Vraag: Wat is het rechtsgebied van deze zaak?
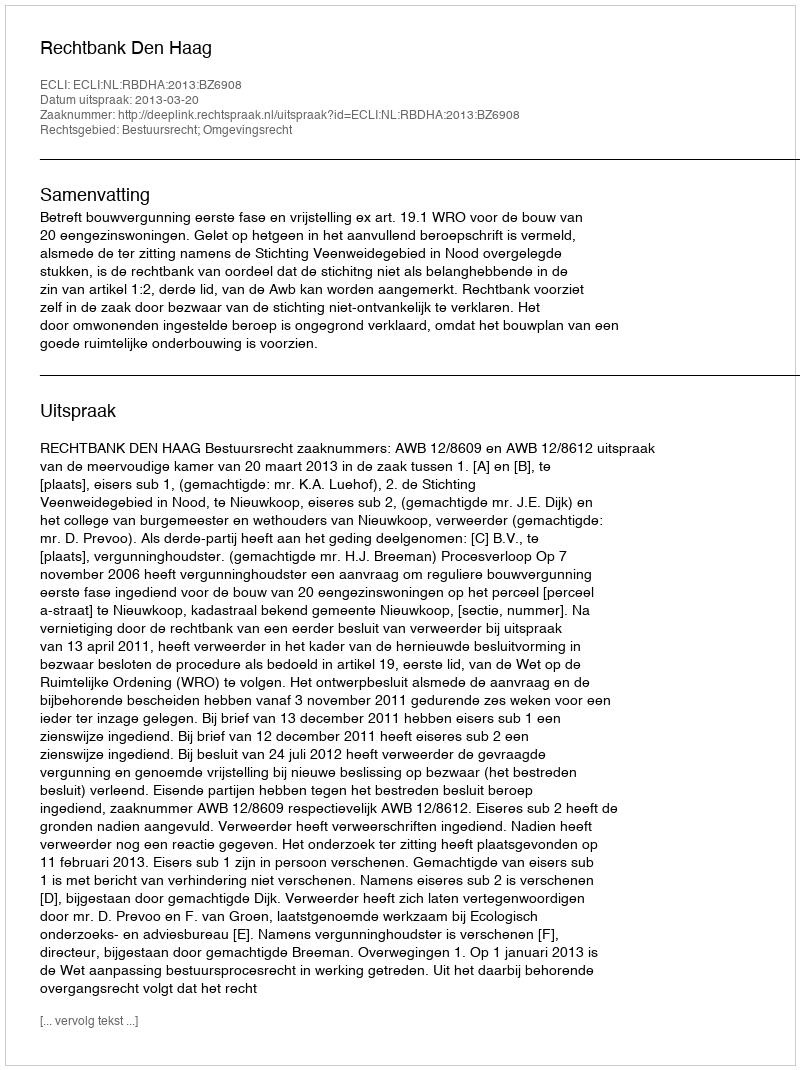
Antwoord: Bestuursrecht; Omgevingsrecht